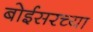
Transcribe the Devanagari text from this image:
बोईसरच्या